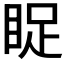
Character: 𱲹